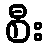
စီး